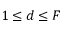
1 \leq d \leq F